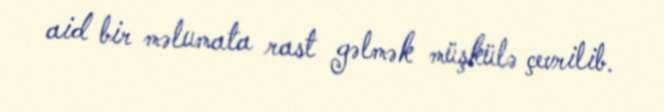
aid bir məlumata rast gəlmək müşkülə çevrilib.